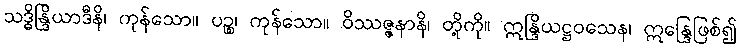
သဒ္ဓိန္ဒြိယာဒီနိ၊ ကုန်သော။ ပဉ္စ၊ ကုန်သော။ ဝိဿဇ္ဇနာနိ၊ တို့ကို။ ဣန္ဒြိယဋ္ဌဝသေန၊ ဣန္ဒြေဖြစ်၍